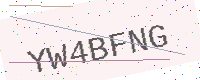
Text: YW4BFNG